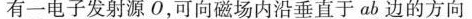
有一电子发射源O，可向磁场内沿垂直于ab边的方向